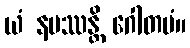
ယံ နမဿန္တိ ဂေါတမံ။